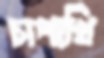
চাপাখি